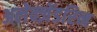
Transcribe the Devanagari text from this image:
अलेक्ज़ेंडरिन